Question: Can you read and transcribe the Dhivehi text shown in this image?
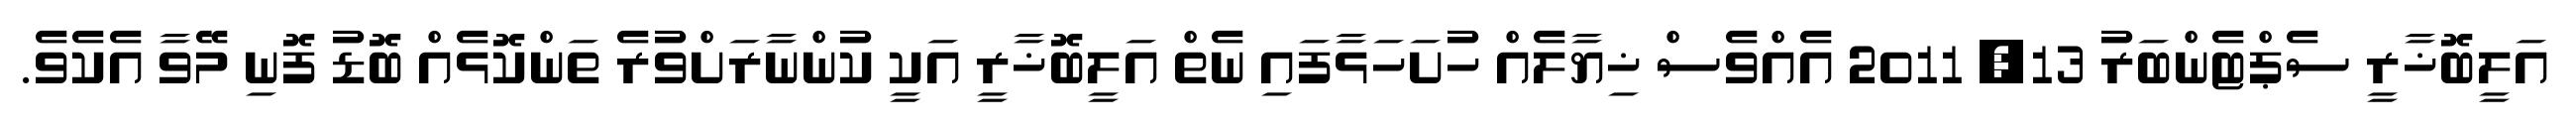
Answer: އަލީބޮޚާރީ ސެޕްޓެންބަރު 13, 2011 އެއްވެސް ޚިޔާލެއް ހުށަހަޅާފައި ނެތް އަލީބޮޚާރީ އަކީ ކުންނާރަށްވުރެ ތަންކޮޅެއް ބޮޑު ފޮނި މޭވާ އެކެވެ.